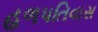
હળપતિવાસ